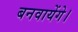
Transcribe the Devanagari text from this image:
बनवायेंगे।